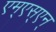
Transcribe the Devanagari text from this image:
एम्‌एस्‌एन्‌